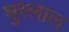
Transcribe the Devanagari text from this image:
घुरेलाल